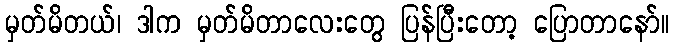
မှတ်မိတယ်၊ ဒါက မှတ်မိတာလေးတွေ ပြန်ပြီးတော့ ပြောတာနော်။